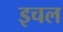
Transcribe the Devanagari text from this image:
इचल